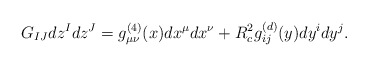
\begin{align*}G_{IJ}dz^I d z^J = g^{(4)}_{\mu\nu}(x)dx^{\mu}dx^\nu + R_c^2 g^{(d)}_{ij}(y)dy^{i}dy^j.\end{align*}